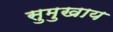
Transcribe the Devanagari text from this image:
सुमुखाय